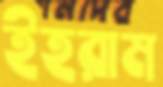
ইহরাম